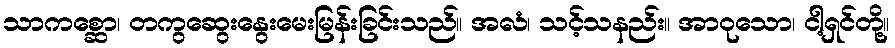
သာကစ္ဆော၊ တကွဆွေးနွေးမေးမြန်းခြင်းသည်။ အလံ၊ သင့်သနည်း။ အာဝုသော၊ ငါ့ရှင်တို့။